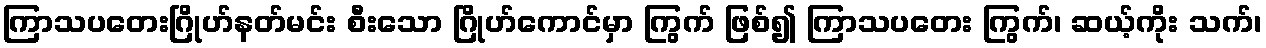
ကြာသပတေးဂြိုဟ်နတ်မင်း စီးသော ဂြိုဟ်ကောင်မှာ ကြွက် ဖြစ်၍ ကြာသပတေး ကြွက်၊ ဆယ့်ကိုး သက်၊